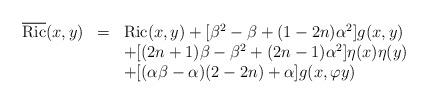
LaTeX: \begin{align*}\begin{array}{lll} \overline{\mathrm{Ric}}(x,y)&=&\mathrm{Ric}(x,y)+[\beta^2-\beta+(1-2n)\alpha^2]g(x,y) \\ & &+[(2n+1)\beta-\beta^2+(2n-1)\alpha^2]\eta(x)\eta(y)\\ && +[(\alpha\beta-\alpha)(2-2n)+\alpha] g(x,\varphi y) \end{array}\end{align*}